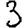
Digit: 3